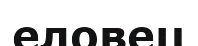
еловец